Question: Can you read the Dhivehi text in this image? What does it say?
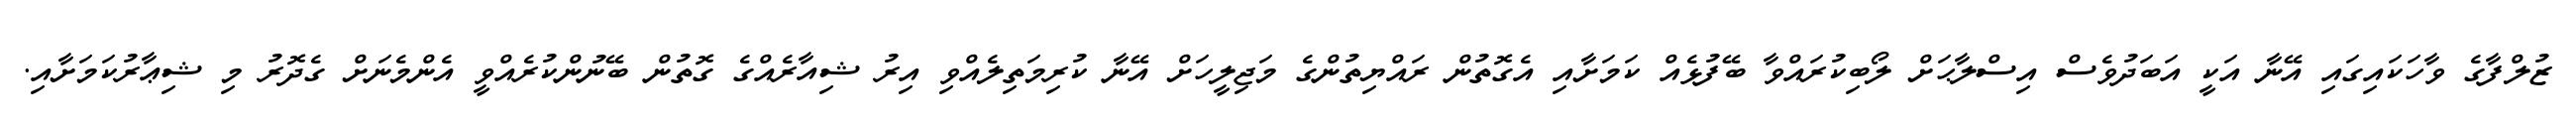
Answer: ޒުލްފާގެ ވާހަކައިގައި އޭނާ އަކީ އަބަދުވެސް އިސްލާޙަށް ލޯބިކުރައްވާ ބޭފުޅެއް ކަމަށާއި އެގޮތުން ރައްޔިތުންގެ މަޖިލީހަށް އޭނާ ކުރިމަތިލެއްވި އިރު ޝިއާރެއްގެ ގޮތުން ބޭނުންކުރެއްވީ އެންމެނަށް ގެދޮރު މި ޝިޢާރުކަމަށާއި.